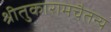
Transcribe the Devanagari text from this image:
श्रीतुकारामचैतन्य